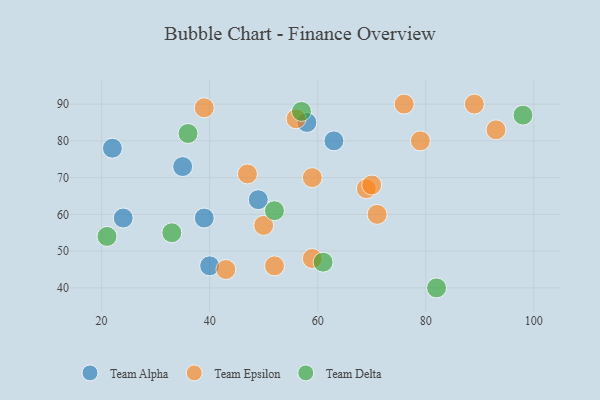
{"axis": {"x": "GDP", "y": "Life Expectancy"}, "legend": ["Team Alpha", "Team Delta", "Team Epsilon"], "data": [{"x": "35", "y": 73, "type": "Team Alpha"}, {"x": "40", "y": 46, "type": "Team Alpha"}, {"x": "24", "y": 59, "type": "Team Alpha"}, {"x": "39", "y": 59, "type": "Team Alpha"}, {"x": "49", "y": 64, "type": "Team Alpha"}, {"x": "58", "y": 85, "type": "Team Alpha"}, {"x": "63", "y": 80, "type": "Team Alpha"}, {"x": "22", "y": 78, "type": "Team Alpha"}, {"x": "69", "y": 67, "type": "Team Epsilon"}, {"x": "52", "y": 46, "type": "Team Epsilon"}, {"x": "89", "y": 90, "type": "Team Epsilon"}, {"x": "79", "y": 80, "type": "Team Epsilon"}, {"x": "70", "y": 68, "type": "Team Epsilon"}, {"x": "50", "y": 57, "type": "Team Epsilon"}, {"x": "47", "y": 71, "type": "Team Epsilon"}, {"x": "43", "y": 45, "type": "Team Epsilon"}, {"x": "59", "y": 70, "type": "Team Epsilon"}, {"x": "71", "y": 60, "type": "Team Epsilon"}, {"x": "93", "y": 83, "type": "Team Epsilon"}, {"x": "76", "y": 90, "type": "Team Epsilon"}, {"x": "56", "y": 86, "type": "Team Epsilon"}, {"x": "39", "y": 89, "type": "Team Epsilon"}, {"x": "59", "y": 48, "type": "Team Epsilon"}, {"x": "52", "y": 61, "type": "Team Delta"}, {"x": "33", "y": 55, "type": "Team Delta"}, {"x": "21", "y": 54, "type": "Team Delta"}, {"x": "98", "y": 87, "type": "Team Delta"}, {"x": "57", "y": 88, "type": "Team Delta"}, {"x": "82", "y": 40, "type": "Team Delta"}, {"x": "61", "y": 47, "type": "Team Delta"}, {"x": "36", "y": 82, "type": "Team Delta"}]}